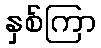
နှစ်ကြာ